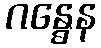
ဂန္ဓေန